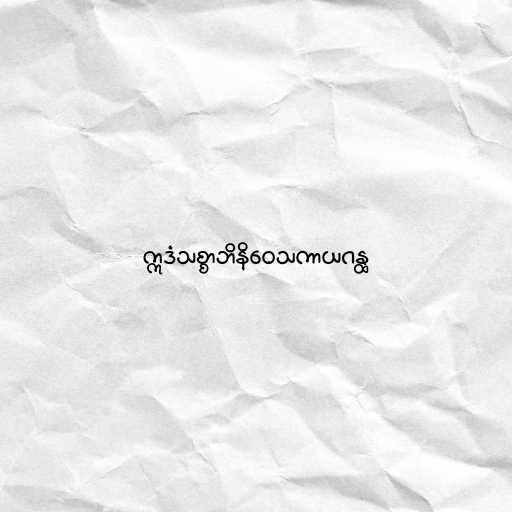
ဣဒံသစ္စာဘိနိဝေသကာယဂန္ထ